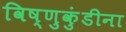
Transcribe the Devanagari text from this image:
विष्णुकुंडीना